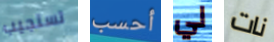
تستجيب أحسب لي نات